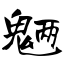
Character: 魉